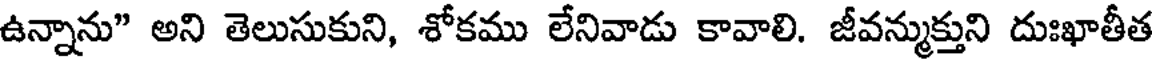
ఉన్నాను" అని తెలుసుకుని, శోకము లేనివాడు కావాలి. జీవన్ముక్తుని దుఃఖాతీత